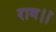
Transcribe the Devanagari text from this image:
राग।।